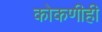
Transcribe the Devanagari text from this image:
कोकणीही